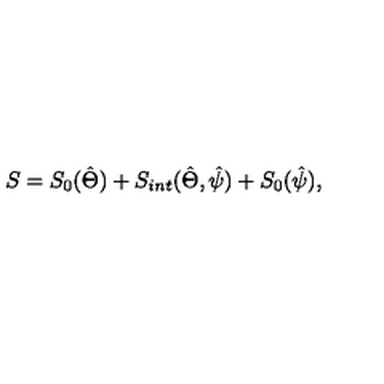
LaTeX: S = S _ { 0 } ( \hat { \Theta } ) + S _ { i n t } ( \hat { \Theta } , \hat { \psi } ) + S _ { 0 } ( \hat { \psi } ) ,